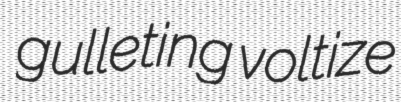
gulleting voltize